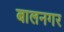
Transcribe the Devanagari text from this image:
बालनगर